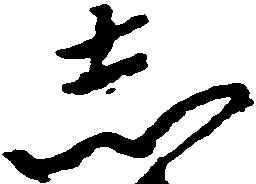
し